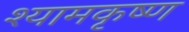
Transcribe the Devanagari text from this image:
श्यामकृष्ण